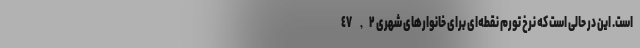
است. این در حالی است که نرخ تورم نقطه‌ای برای خانوارهای شهری ٤٧,٢